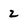
Character: 2